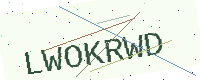
Text: LWOKRWD